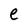
Character: e